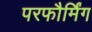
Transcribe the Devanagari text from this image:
परफौर्मिंग